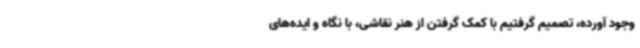
وجود آورده، تصمیم گرفتیم با کمک گرفتن از هنر نقاشی، با نگاه و ایده‌های